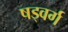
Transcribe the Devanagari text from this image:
षड्वर्ग